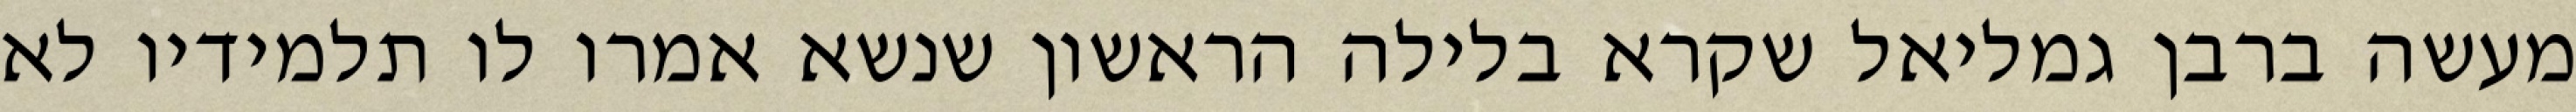
מעשה ברבן גמליאל שקרא בלילה הראשון שנשא אמרו לו תלמידיו לא